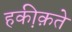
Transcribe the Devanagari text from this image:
हकी़क़ते